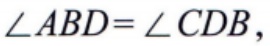
\(\angle ABD=\angle CDB\)